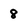
Character: 8